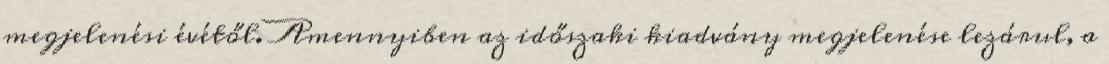
megjelenési évétől. Amennyiben az időszaki kiadvány megjelenése lezárul, a